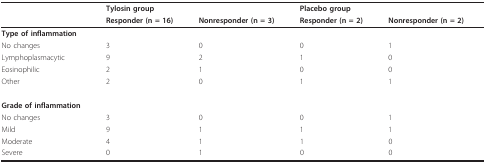
<table><thead><tr><td></td><td colspan="2"><b>Tylosin group</b></td><td colspan="2"><b>Placebo group</b></td></tr><tr><td></td><td><b>Responder (n = 16)</b></td><td><b>Nonresponder (n = 3)</b></td><td><b>Responder (n = 2)</b></td><td><b>Nonresponder (n = 2)</b></td></tr></thead><tbody><tr><td><b>Type of inflammation</b></td><td></td><td></td><td></td><td></td></tr><tr><td>No changes</td><td>3</td><td>0</td><td>0</td><td>1</td></tr><tr><td>Lymphoplasmacytic</td><td>9</td><td>2</td><td>1</td><td>0</td></tr><tr><td>Eosinophilic</td><td>2</td><td>1</td><td>0</td><td>0</td></tr><tr><td>Other</td><td>2</td><td>0</td><td>1</td><td>1</td></tr><tr><td><b>Grade of inflammation</b></td><td></td><td></td><td></td><td></td></tr><tr><td>No changes</td><td>3</td><td>0</td><td>0</td><td>1</td></tr><tr><td>Mild</td><td>9</td><td>1</td><td>1</td><td>1</td></tr><tr><td>Moderate</td><td>4</td><td>1</td><td>1</td><td>0</td></tr><tr><td>Severe</td><td>0</td><td>1</td><td>0</td><td>0</td></tr></tbody></table>